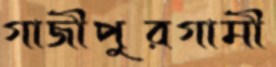
গাজীপুরগামী